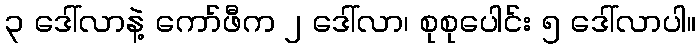
၃ ဒေါ်လာနဲ့ ကော်ဖီက ၂ ဒေါ်လာ၊ စုစုပေါင်း ၅ ဒေါ်လာပါ။